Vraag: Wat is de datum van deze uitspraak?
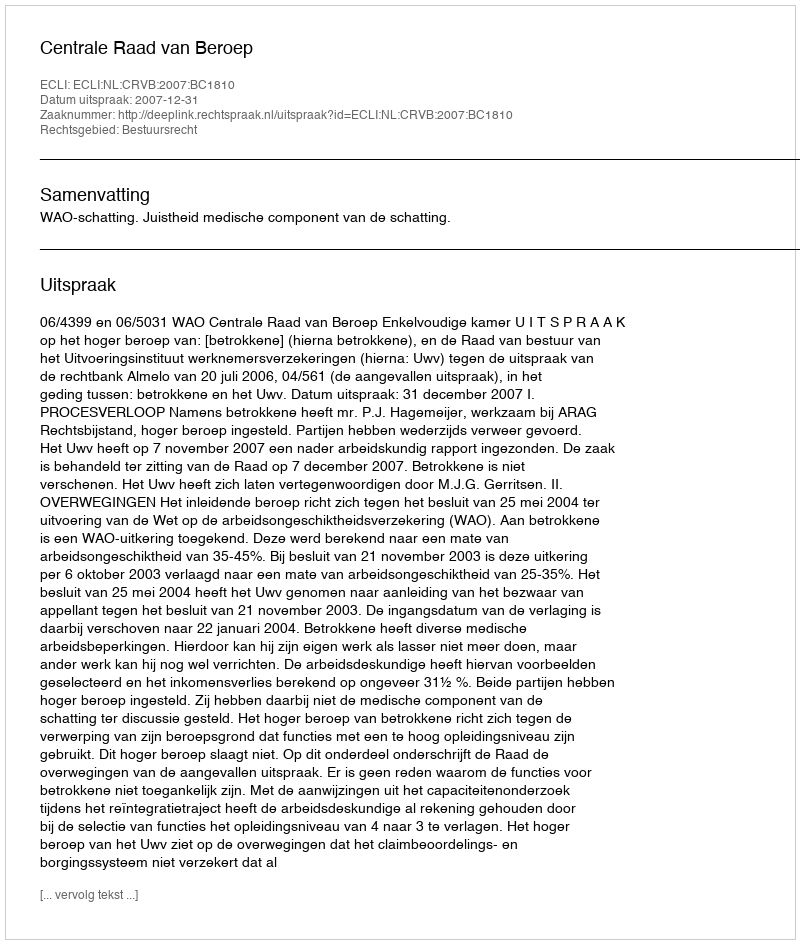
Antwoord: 2007-12-31